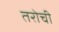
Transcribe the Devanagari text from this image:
तरोची